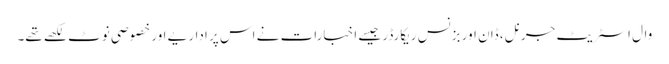
وال اسٹریٹ جرنل، ڈان اور بزنس ریکارڈر جیسے اخبارات نے اس پر اداریے اور خصوصی نوٹ لکھے تھے۔